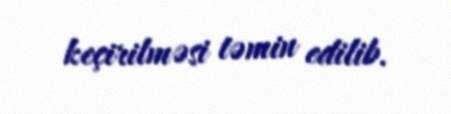
keçirilməsi təmin edilib.